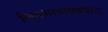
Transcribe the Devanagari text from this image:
लिंगभावासंबंधीचे